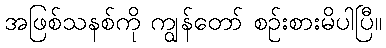
အဖြစ်သနစ်ကို ကျွန်တော် စဉ်းစားမိပါပြီ။